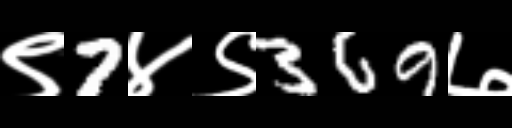
Text: ९7४९369७